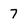
Character: 7